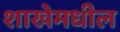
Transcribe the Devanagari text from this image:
शाखेमधील